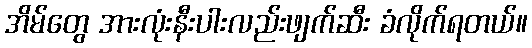
အိမ်တွေ အားလုံးနီးပါးလည်းဖျက်ဆီး ခံလိုက်ရတယ်။